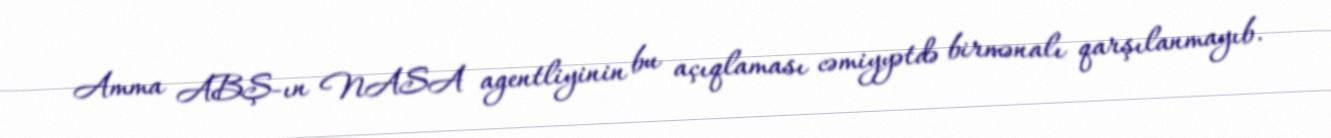
Amma ABŞ-ın NASA agentliyinin bu açıqlaması cəmiyyətdə birmənalı qarşılanmayıb.